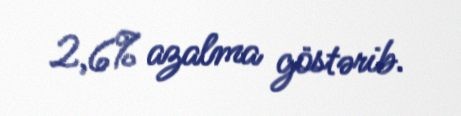
2,6% azalma göstərib.